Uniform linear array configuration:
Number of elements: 4
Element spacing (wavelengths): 1
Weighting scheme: exponential
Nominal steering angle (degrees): -60
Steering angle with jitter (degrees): -58.003
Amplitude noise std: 0.05
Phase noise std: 0.05

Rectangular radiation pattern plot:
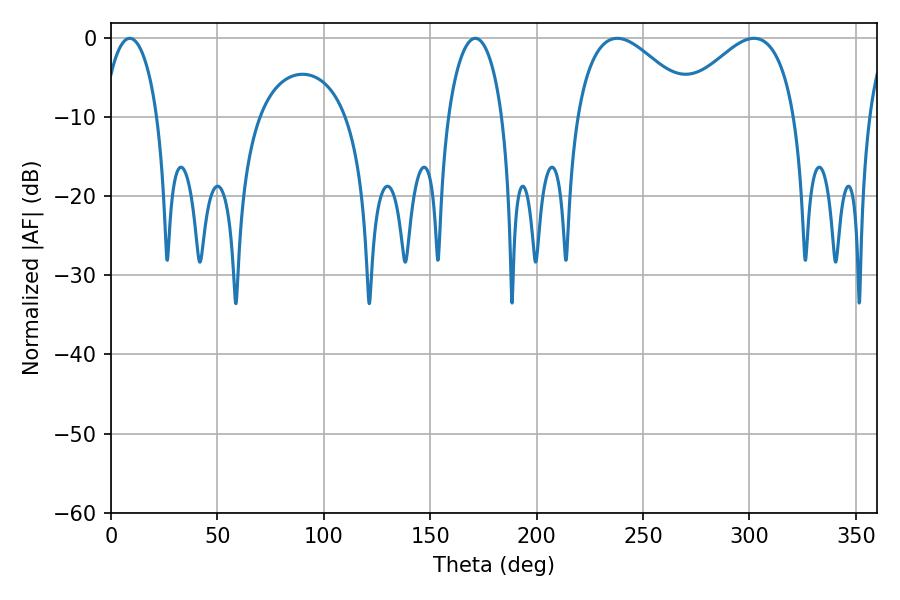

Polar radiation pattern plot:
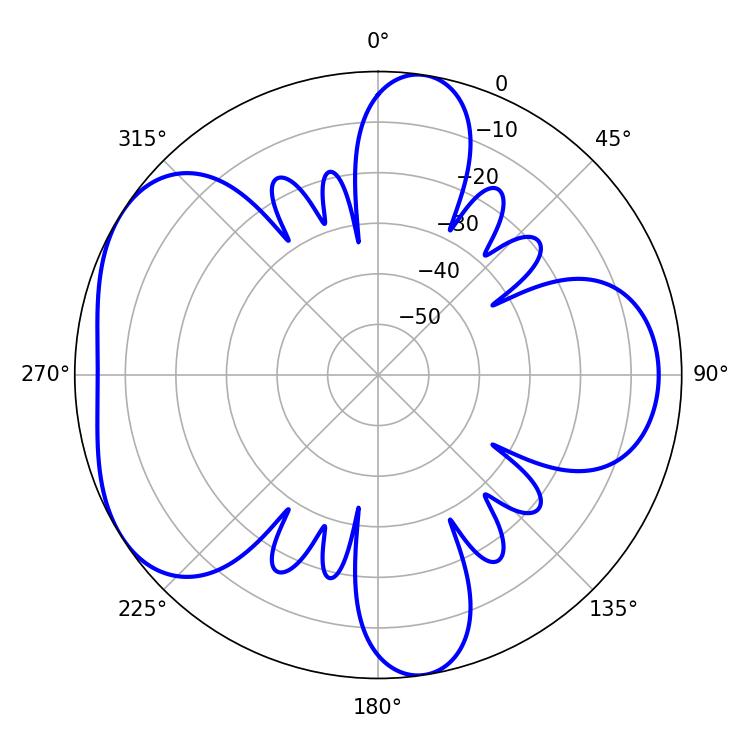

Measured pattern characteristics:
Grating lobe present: TRUE
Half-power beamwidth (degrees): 14.58
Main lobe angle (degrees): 8.82